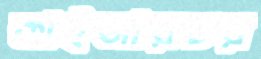
কাইজারচর